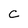
Character: C